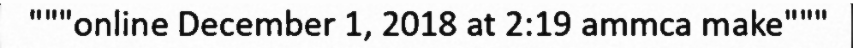
"""online December 1, 2018 at 2:19 ammca make"""